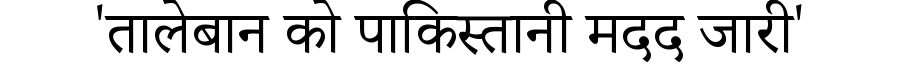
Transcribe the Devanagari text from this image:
'तालेबान को पाकिस्तानी मदद जारी'